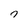
Character: 7